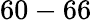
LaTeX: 60-66